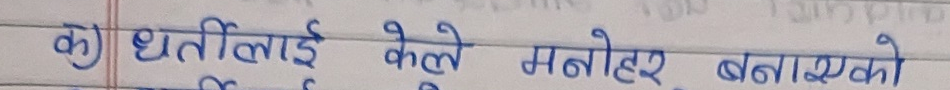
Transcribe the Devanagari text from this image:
क) धरतीलाई केले मनोहर बनाएको